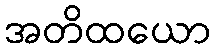
အတိထယော